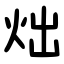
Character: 炪